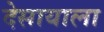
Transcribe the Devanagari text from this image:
देसायाला